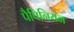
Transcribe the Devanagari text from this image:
पैपिनियन